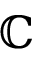
\mathbb { C }